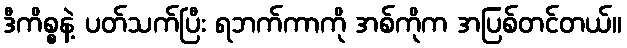
ဒီကိစ္စနဲ့ ပတ်သက်ပြီး ရဘက်ကာကို အစ်ကိုက အပြစ်တင်တယ်။